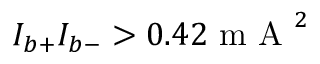
I _ { b + } I _ { b - } > 0 . 4 2 \mathrm { ~ m ~ A ~ } ^ { 2 }